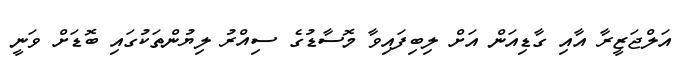
އަލްޖަޒީރާ އާއި ގާޑިއަން އަށް ލިބިފައިވާ މޮސާޑުގެ ސިއްރު ލިޔުންތަކުގައި ބޮޑަށް ވަނީ